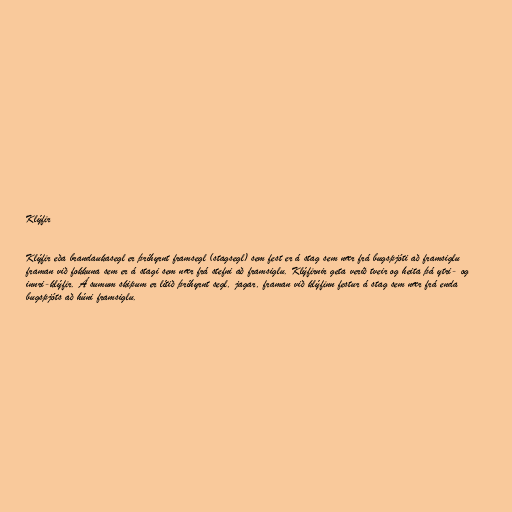
Klýfir

Klýfir eða brandaukasegl er þríhyrnt framsegl (stagsegl) sem fest er á stag sem nær frá bugspjóti að framsiglu
framan við fokkuna sem er á stagi sem nær frá stefni að framsiglu. Klýfirnir geta verið tveir og heita þá ytri- og
innri-klýfir. Á sumum skipum er lítið þríhyrnt segl, jagar, framan við klýfinn festur á stag sem nær frá enda
bugspjóts að húni framsiglu.